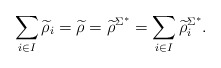
\begin{align*}\sum_{i\in I} \widetilde{\rho}_i=\widetilde{\rho}=\widetilde{\rho}^{\Sigma^*}=\sum_{i\in I} {\widetilde{\rho}_i}^{\Sigma^*}.\end{align*}